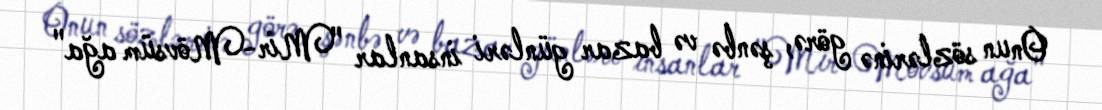
Onun sözlərinə görə, şənbə və bazar günləri insanlar "Mir-Mövsüm ağa"